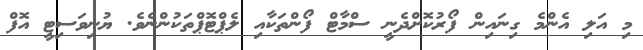
މި އަލި އެންމެ ގިނައިން ފޯރުކޮށްދެނީ ސްމާޓް ފޯންތަކާއި ލެޕްޓޮޕްތަކުންނެވެ. ޔުނިވަސިޓީ އޮފް